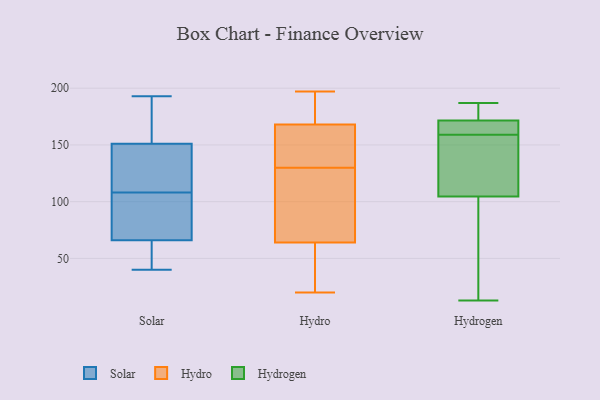
{"axis": {"x": "Shipments", "y": "Value"}, "legend": ["Hydro", "Hydrogen", "Solar"], "data": [{"x": "", "y": 52, "type": "Solar"}, {"x": "", "y": 109, "type": "Solar"}, {"x": "", "y": 56, "type": "Solar"}, {"x": "", "y": 149, "type": "Solar"}, {"x": "", "y": 152, "type": "Solar"}, {"x": "", "y": 40, "type": "Solar"}, {"x": "", "y": 66, "type": "Solar"}, {"x": "", "y": 193, "type": "Solar"}, {"x": "", "y": 78, "type": "Solar"}, {"x": "", "y": 76, "type": "Solar"}, {"x": "", "y": 151, "type": "Solar"}, {"x": "", "y": 183, "type": "Solar"}, {"x": "", "y": 107, "type": "Solar"}, {"x": "", "y": 114, "type": "Solar"}, {"x": "", "y": 187, "type": "Hydro"}, {"x": "", "y": 137, "type": "Hydro"}, {"x": "", "y": 101, "type": "Hydro"}, {"x": "", "y": 91, "type": "Hydro"}, {"x": "", "y": 34, "type": "Hydro"}, {"x": "", "y": 168, "type": "Hydro"}, {"x": "", "y": 161, "type": "Hydro"}, {"x": "", "y": 21, "type": "Hydro"}, {"x": "", "y": 123, "type": "Hydro"}, {"x": "", "y": 68, "type": "Hydro"}, {"x": "", "y": 59, "type": "Hydro"}, {"x": "", "y": 194, "type": "Hydro"}, {"x": "", "y": 64, "type": "Hydro"}, {"x": "", "y": 20, "type": "Hydro"}, {"x": "", "y": 197, "type": "Hydro"}, {"x": "", "y": 156, "type": "Hydro"}, {"x": "", "y": 174, "type": "Hydro"}, {"x": "", "y": 166, "type": "Hydro"}, {"x": "", "y": 96, "type": "Hydrogen"}, {"x": "", "y": 162, "type": "Hydrogen"}, {"x": "", "y": 171, "type": "Hydrogen"}, {"x": "", "y": 70, "type": "Hydrogen"}, {"x": "", "y": 156, "type": "Hydrogen"}, {"x": "", "y": 13, "type": "Hydrogen"}, {"x": "", "y": 187, "type": "Hydrogen"}, {"x": "", "y": 172, "type": "Hydrogen"}, {"x": "", "y": 176, "type": "Hydrogen"}, {"x": "", "y": 146, "type": "Hydrogen"}, {"x": "", "y": 113, "type": "Hydrogen"}, {"x": "", "y": 168, "type": "Hydrogen"}]}